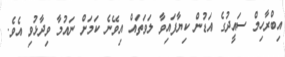
އިބްރާހިމް ސައީދުގެ އަޑުން ކިޔާފައިވާ ލަވަތައް އިވޭނެ ކަމަށް ނައުމާ ވިދާޅުވި އެވެ.